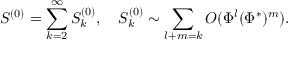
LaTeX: S ^ { ( 0 ) } = \sum _ { k = 2 } ^ { \infty } S _ { k } ^ { ( 0 ) } , \quad S _ { k } ^ { ( 0 ) } \sim \sum _ { l + m = k } O ( \Phi ^ { l } ( \Phi ^ { * } ) ^ { m } ) .